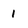
Character: I